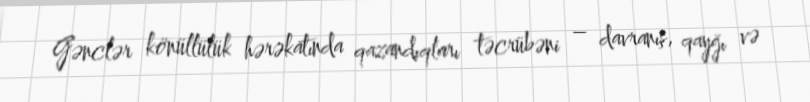
Gənclər könüllülük hərəkatında qazandıqları təcrübəni – davranış, qayğı və